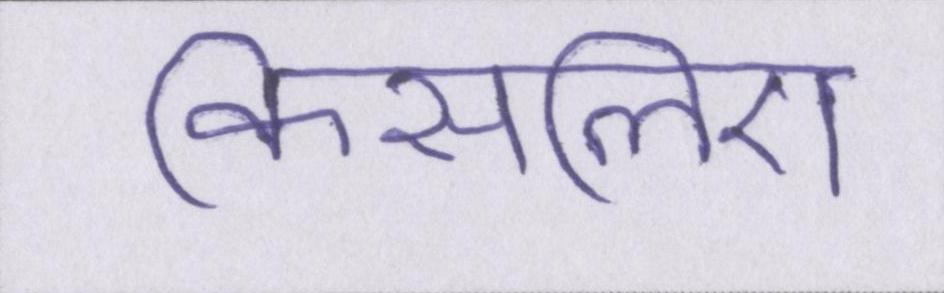
किसलिए